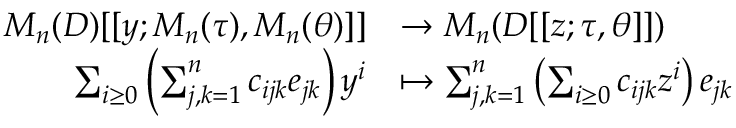
\begin{array} { r l } { M _ { n } ( D ) [ [ y ; M _ { n } ( \tau ) , M _ { n } ( \theta ) ] ] } & { \to M _ { n } ( D [ [ z ; \tau , \theta ] ] ) } \\ { \sum _ { i \geq 0 } \left( \sum _ { j , k = 1 } ^ { n } c _ { i j k } e _ { j k } \right) y ^ { i } } & { \mapsto \sum _ { j , k = 1 } ^ { n } \left( \sum _ { i \geq 0 } c _ { i j k } z ^ { i } \right) e _ { j k } } \end{array}